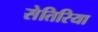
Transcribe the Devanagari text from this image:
सेतिरिया